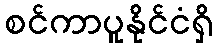
စင်ကာပူနိုင်ငံရှိ